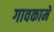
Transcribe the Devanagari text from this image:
गावकामे